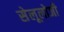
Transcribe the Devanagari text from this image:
सेलूलोजी